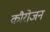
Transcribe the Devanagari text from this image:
कौरोजन